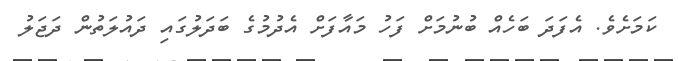
ކަމަށެވެ. އެފަދަ ބަހެއް ބުނުމަށް ފަހު މައާފަށް އެދުމުގެ ބަދަލުގައި ދައުލަތުން ދަޖަލު